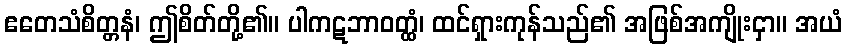
ဧတေသံစိတ္တနံ၊ ဤစိတ်တို့၏။ ပါကဋဘာဝတ္ထံ၊ ထင်ရှားကုန်သည်၏ အဖြစ်အကျိုးငှာ။ အယံ